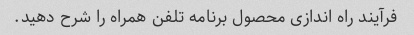
فرآیند راه اندازی محصول برنامه تلفن همراه را شرح دهید.